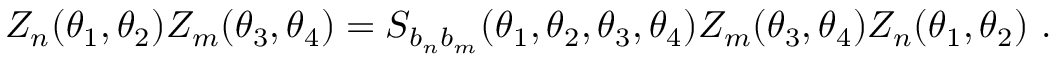
Z _ { n } ( \theta _ { 1 } , \theta _ { 2 } ) Z _ { m } ( \theta _ { 3 } , \theta _ { 4 } ) = S _ { b _ { n } b _ { m } } ( \theta _ { 1 } , \theta _ { 2 } , \theta _ { 3 } , \theta _ { 4 } ) Z _ { m } ( \theta _ { 3 } , \theta _ { 4 } ) Z _ { n } ( \theta _ { 1 } , \theta _ { 2 } ) ~ .